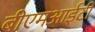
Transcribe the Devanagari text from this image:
बीएमआईटी